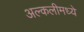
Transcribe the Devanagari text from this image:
अल्कलीमध्ये